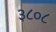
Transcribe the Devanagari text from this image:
३८०८